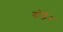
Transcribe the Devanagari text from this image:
गोडैन